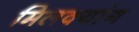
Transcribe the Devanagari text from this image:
मिलक्यांग